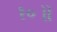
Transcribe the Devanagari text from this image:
१०॥